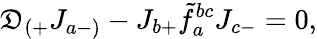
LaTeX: \mathfrak{D}_{(+}J_{a-)}-J_{b+}\tilde{{f}}_{a}^{bc}J_{c-}=0,